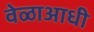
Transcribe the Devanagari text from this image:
वेळाआधी